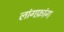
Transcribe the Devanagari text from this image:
लांगफ़ांग